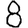
Digit: 8